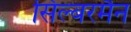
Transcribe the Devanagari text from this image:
सिल्बरमैन